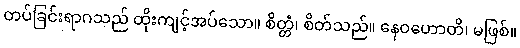
တပ်ခြင်းရာဂသည် ထိုးကျင့်အပ်သော။ စိတ္တံ၊ စိတ်သည်။ နေဝဟောတိ၊ မဖြစ်။